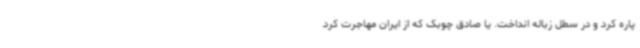
پاره کرد و در سطل زباله انداخت. یا صادق چوبک که از ایران مهاجرت کرد